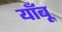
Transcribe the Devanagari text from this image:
याँबू